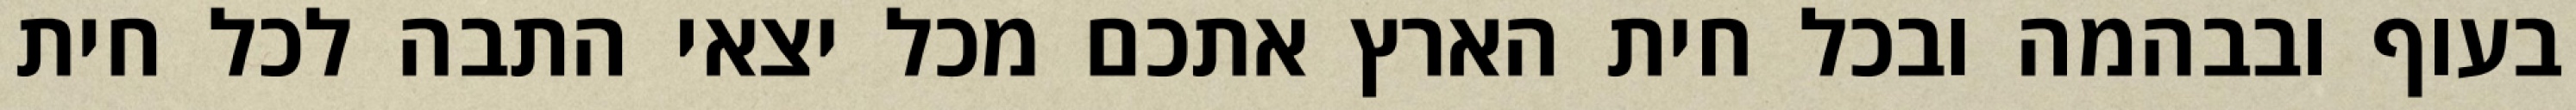
בעוף ובבהמה ובכל חית הארץ אתכם מכל יצאי התבה לכל חית